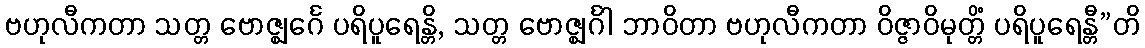
ဗဟုလီကတာ သတ္တ ဗောဇ္ဈင်္ဂေ ပရိပူရေန္တိ, သတ္တ ဗောဇ္ဈင်္ဂါ ဘာဝိတာ ဗဟုလီကတာ ဝိဇ္ဇာဝိမုတ္တိံ ပရိပူရေန္တီ”တိ